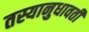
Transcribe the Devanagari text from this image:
तस्यानुधावती